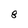
Character: 8